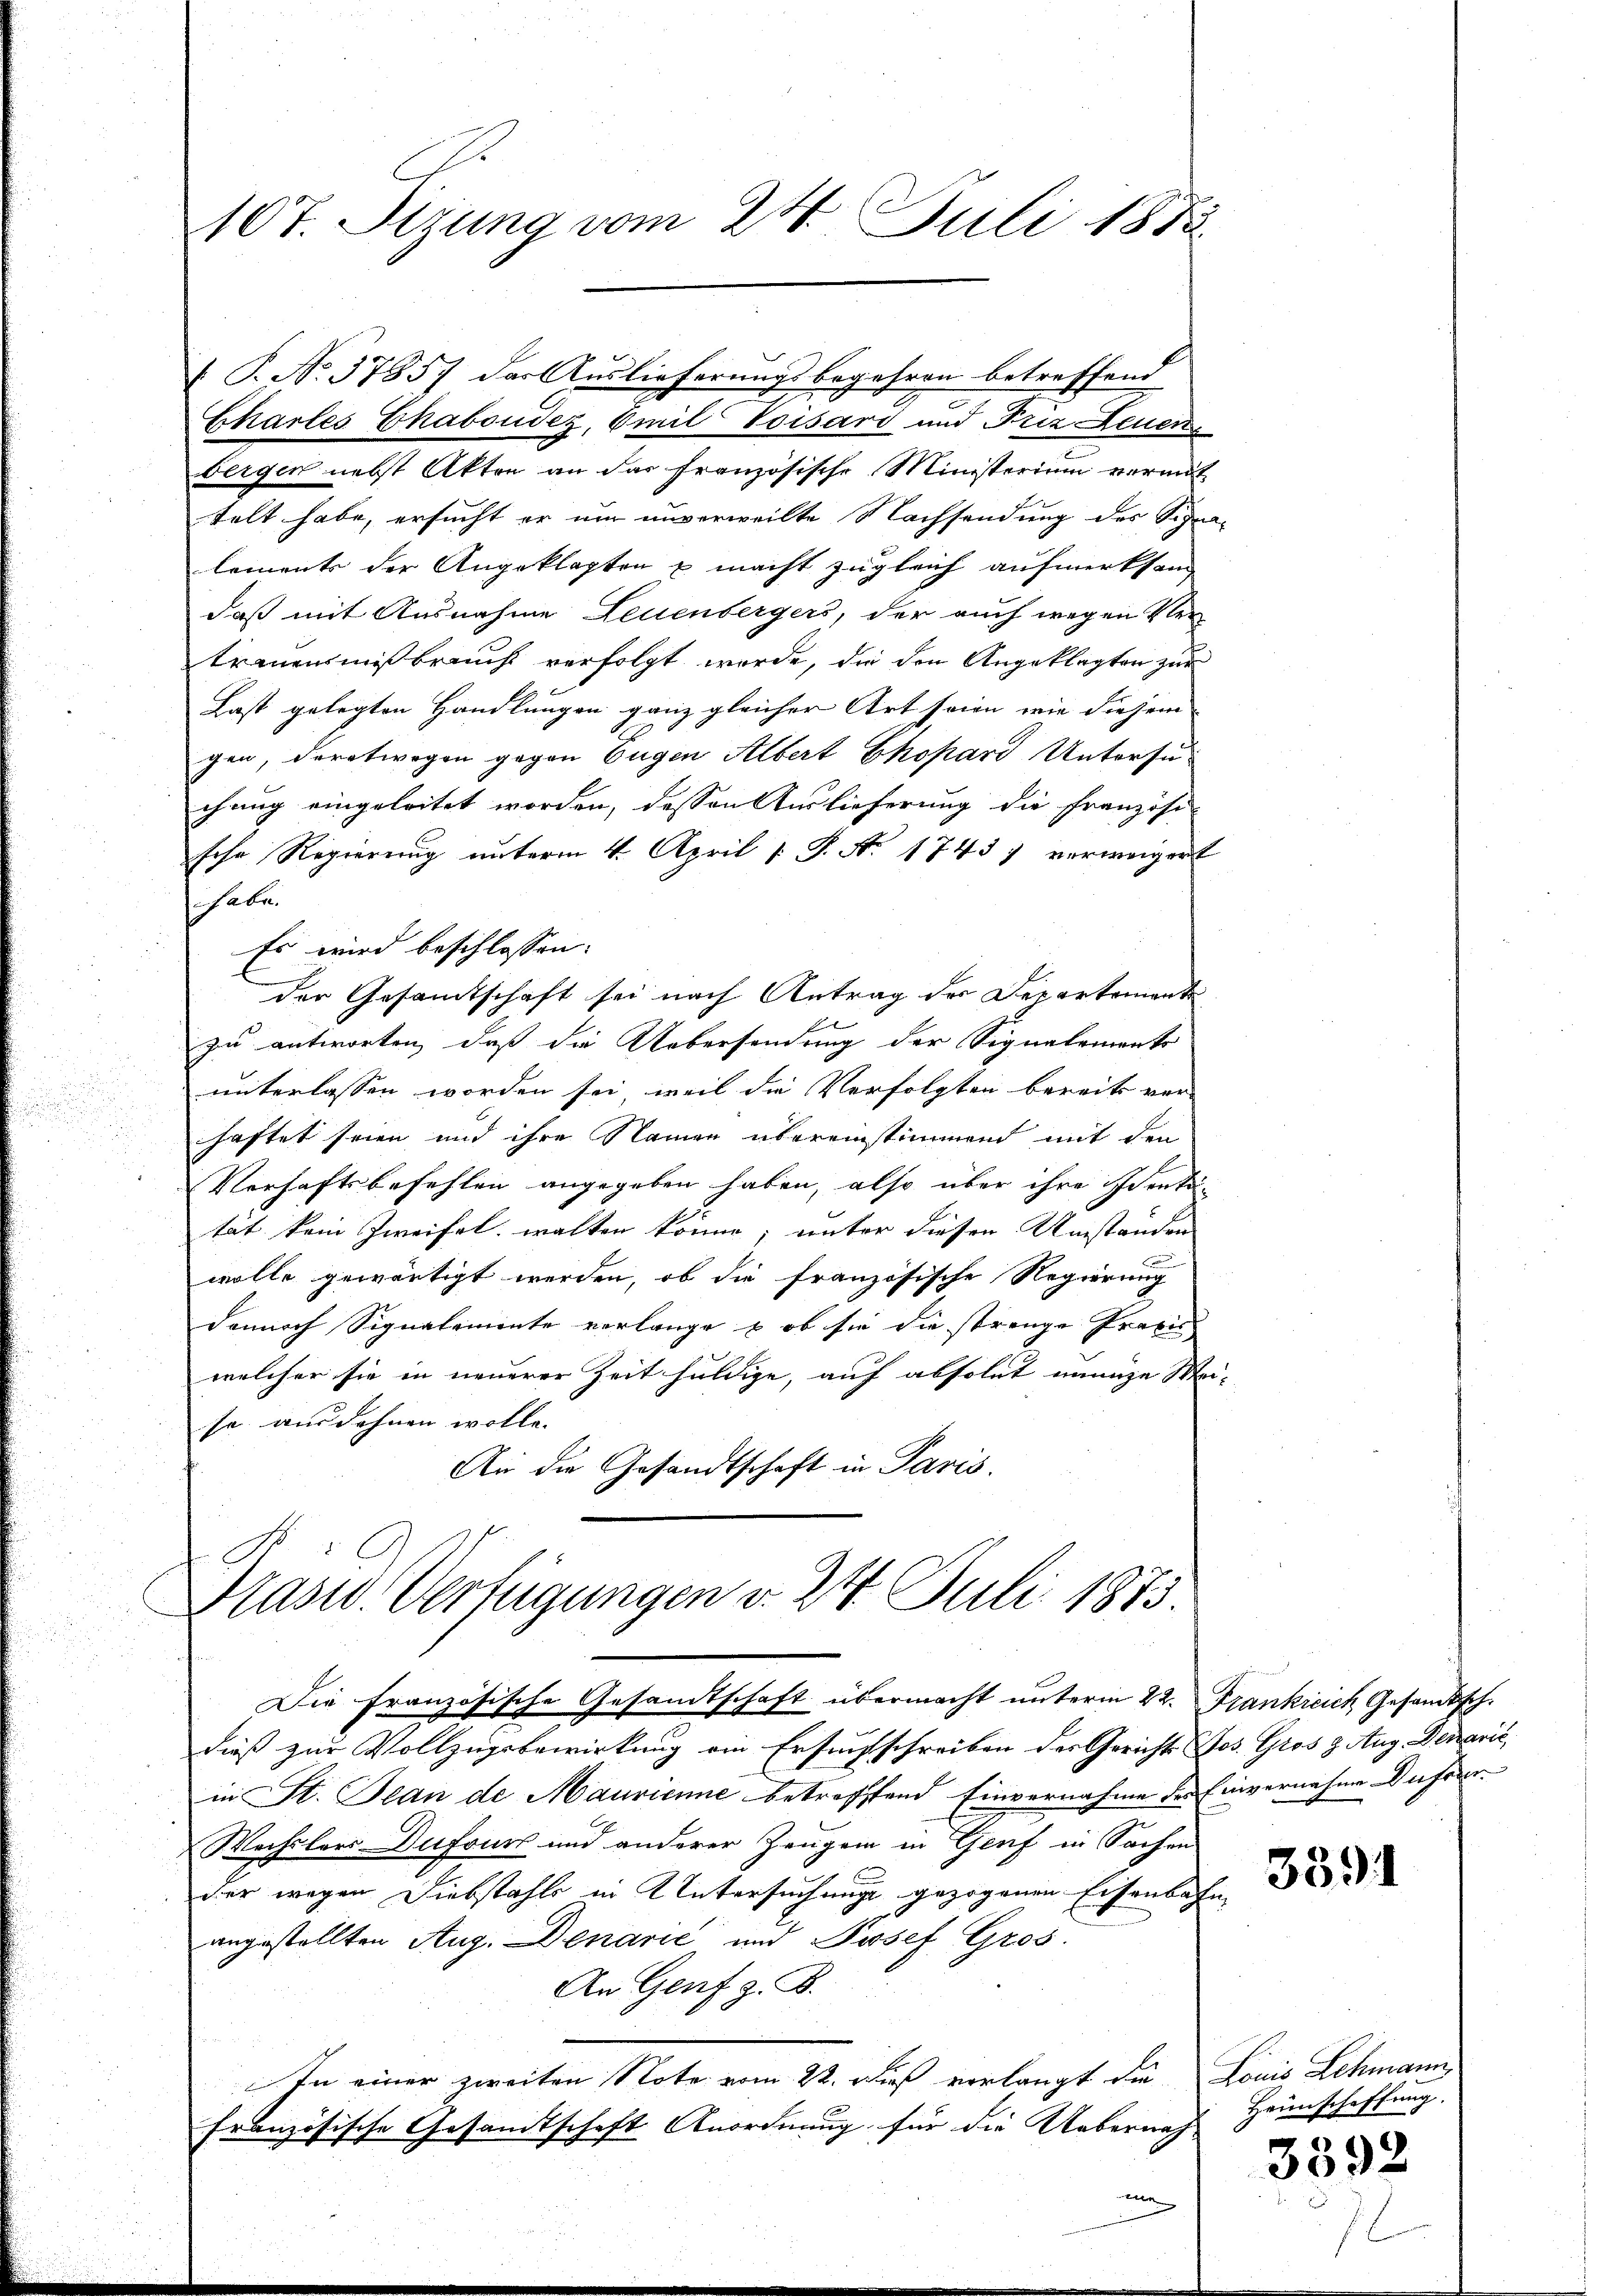
107. Sizung vom 24. Juli 1882

Chartes Chaboudez, Emil Voisard und Friz Leuen
bergen nebst Akten an das französische Ministerium vermit
telt habe, ersucht er um unverweilte Nachsendung des Signalements der Angeklagten u macht zugleich aufmerksam
daß mit Ausnahme Leuenbergers, der auch wegen Ver-
trauensmißbraucht verfolgt wurde, die den Angeklagten zur
Last gelegten Handlungen ganz gleicher Art seien, wie diesem |
gen, deretwegen gegen Eugen Albert Ekopard Untersuchung eingeleitet worden, dessen Auslieferung die Französi-
sche Regierung unterm 4. April [S. Ao 1743 7 verweiger
habe.
Es wird beschlossen:
der Gesamtschaft sei nach Antrag der Departemente
zu antworten, daß die Uebersendung der Signalements
unterlassen worden sei, weil die Verfolgten bereits ver-
haftet seien und ihre Namen übereinstimmend mit den
Verhaftsbefehlen angegeben haben, also über ihre Idente-
tat kein Zweifel walten könne; unter diesen Umstanden
wolle gewärtigt werden, ob die französische Regierung
dennoch Signalemente verlange & ob sie die strenge Fravie
welcher sie in neuerer Zeit huldige, auf absolut innige Meiso ausdehnen wolle.
An die Gesandtschaft in Paris.
Prasw. Verfügungen v. 24. Juli 1873.

P. No. 37857 der Auslieferungsbegehren betreffend

Die französische Gesandtschaft übermacht unterm 22. Frankicich Gesandtsch.

dieß zur Vollzugsbewirkung ein Ersuchschreiben der Gerichts Jos. Gros z. Aug. Denarić,
in St. Jean de Maurienne betreffend Einvernahme der Einvernahme Deferen
Wechslers Dufours und anderer Zeugen in Genf in Sachen
der wegen Diebstahls in Untersuchung gezogenen Eisenbahn
angestellten Aug. Denarić und Josef Gros
An Genf z. B.
In einer zweiten Note vom 22. Dieß verlangt die Louis Lehmann
französische Gesamtschaft Anordnung für die Uebernahun

3391

Heimschaffung.

3392